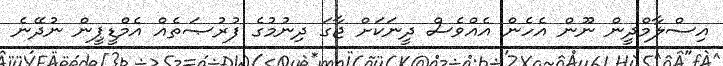
އިސްލާމްދީން ނޫން އެހެން އެއްވެސް ދީނަކަށް ޖާގަ ދިނުމުގެ ފުރުޞަތެއް އެމްޑީޕީން ނުދޭނެ